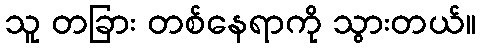
သူ တခြား တစ်နေရာကို သွားတယ်။